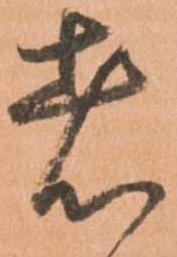
者